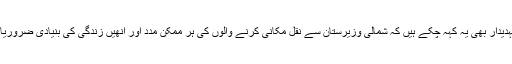
وفاقی حکومت کے عہدیدار بھی یہ کہہ چکے ہیں کہ شمالی وزیرستان سے نقل مکانی کرنے والوں کی ہر ممکن مدد اور انھیں زندگی کی بنیادی ضروریات مہیا کی جائیں گی۔